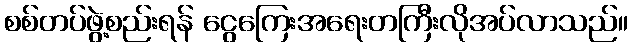
စစ်တပ်ဖွဲ့စည်းရန် ငွေကြေးအရေးတကြီးလိုအပ်လာသည်။